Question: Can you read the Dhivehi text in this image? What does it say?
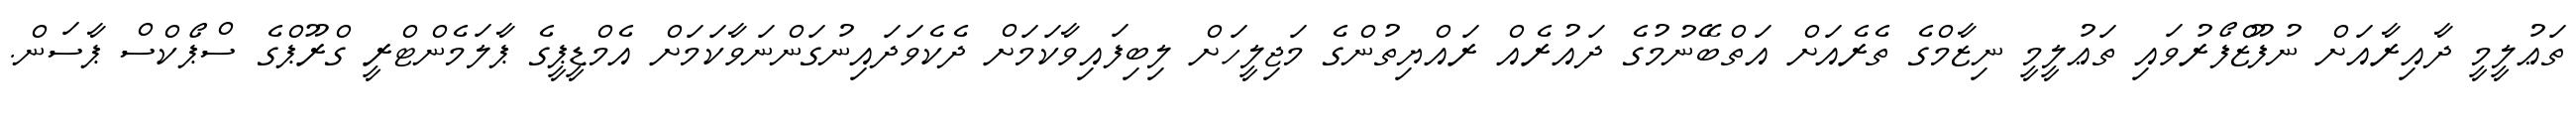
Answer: ތަޢުލީމީ ދާއިރާއަށް ނުފޫޒްފޯރުވައި ތަޢުލީމީ ނިޒާމްގެ ތެރެއަށް އަތްބޭނުމުގެ ދައުރެއް ރައްޔިތުންގެ މަޖިލީހަށް ލިބިފައިވާކަމަށް ދެކެވަދައިނުގަންނަވާކަމަށް އެމްޑީޕީގެ ޕާލަމެންޓްރީ ގްރޫޕްގެ ސްޕޯކްސް ޕާސަން.